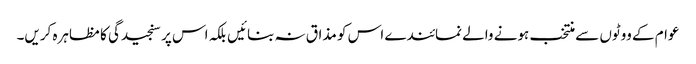
عوام کے ووٹوں سے منتخب ہونے والے نمائندے اس کو مذاق نہ بنائیں بلکہ اس پر سنجیدگی کا مظاہرہ کریں۔